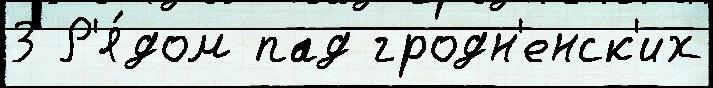
3 Р'я́дом пад гродн'енск'их